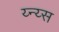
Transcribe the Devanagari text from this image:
य्न्य्स